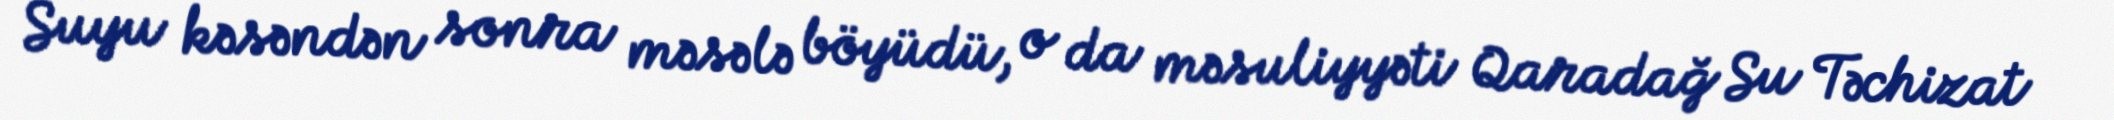
Suyu kəsəndən sonra məsələ böyüdü, o da məsuliyyəti Qaradağ Su Təchizat